Insane asylums Bombay 1873-77 - 1873-1877
Year: 1873
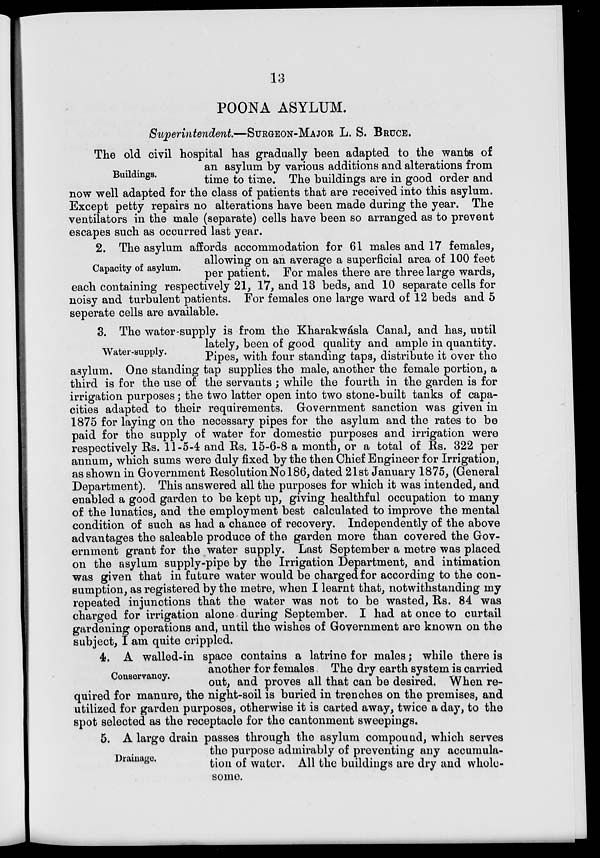
13
POONA ASYLUM.
Superintendent—SURGEON-MAJOR L. S. BRUCE.
Buildings.
The old civil hospital has gradually been adapted to the wants of
an asylum by various additions and alterations from
time to time. The buildings are in good order and
now well adapted for the class of patients that are received into this asylum.
Except petty repairs no alterations have been made during the year. The
ventilators in the male (separate) cells have been so arranged as to prevent
escapes such as occurred last year.
Capacity of asylum.
2. The asylum affords accommodation for 61 males and 17 females,
allowing on an average a superficial area of 100 feet
per patient. For males there are three large wards,
each containing respectively 21, 17, and 13 beds, and 10 separate cells for
noisy and turbulent patients. For females one large ward of 12 beds and 5
seperate cells are available.
Water-supply.
3. The water-supply is from the Kharakwásla Canal, and has, until
lately, been of good quality and ample in quantity.
Pipes, with four standing tap3, distribute it over the
asylum. One standing tap supplies the male, another the female portion, a
third is for the use of the servants ; while the fourth in the garden is for
irrigation purposes ; the two latter open into two stone-built tanks of capa-
cities adapted to their requirements. Government sanction was given in
1875 for laying on the necessary pipes for the asylum and the rates to be
paid for the supply of water for domestic purposes and irrigation were
respectively Us. 11-5-4 and Rs. 15-6-8 a month, or a total of Rs. 322 per
annum, which sums were duly fixed by the then Chief Engineer for Irrigation,
as shown in Government Resolution No 186, dated 21st January 1875, (General
Department). This answered all the purposes for which it was intended, and
enabled a good garden to be kept up, giving healthful occupation to many
of the lunatics, and the employment best calculated to improve the mental
condition of such as had a chance of recovery. Independently of the above
advantages the saleable produce of the garden more than covered the Gov-
ernment grant for the water supply. Last September a metre was placed
on the asylum supply-pipe by the Irrigation Department, and intimation
was given that in future water would be charged for according to the con-
sumption, as registered by the metre, when I learnt that, notwithstanding my
repeated injunctions that the water was not to be wasted, Rs. 84 was
charged for irrigation alone during September. I had at once to curtail
gardening operations and, until the wishes of Government are known on the
subject. I am quite crippled.
Conservancy.
4. A walled-in space contains a latrine for males; while there is
another for females The dry earth system is carried
out, and proves all that can be desired. When re-
quired for manure, the night-soil is buried in trenches on the premises, and
utilized for garden purposes, otherwise it is carted away, twice a day, to the
spot selected as the receptacle for the cantonment sweepings.
Drainage.
5. A large drain passes through the asylum compound, which serves
the purpose admirably of preventing any accumula-
tion of water. All the buildings are dry and whole-
some.